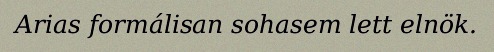
Arias formálisan sohasem lett elnök.